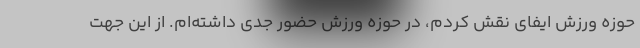
حوزه ورزش ایفای نقش کردم، در حوزه ورزش حضور جدی داشته‌ام. از این جهت